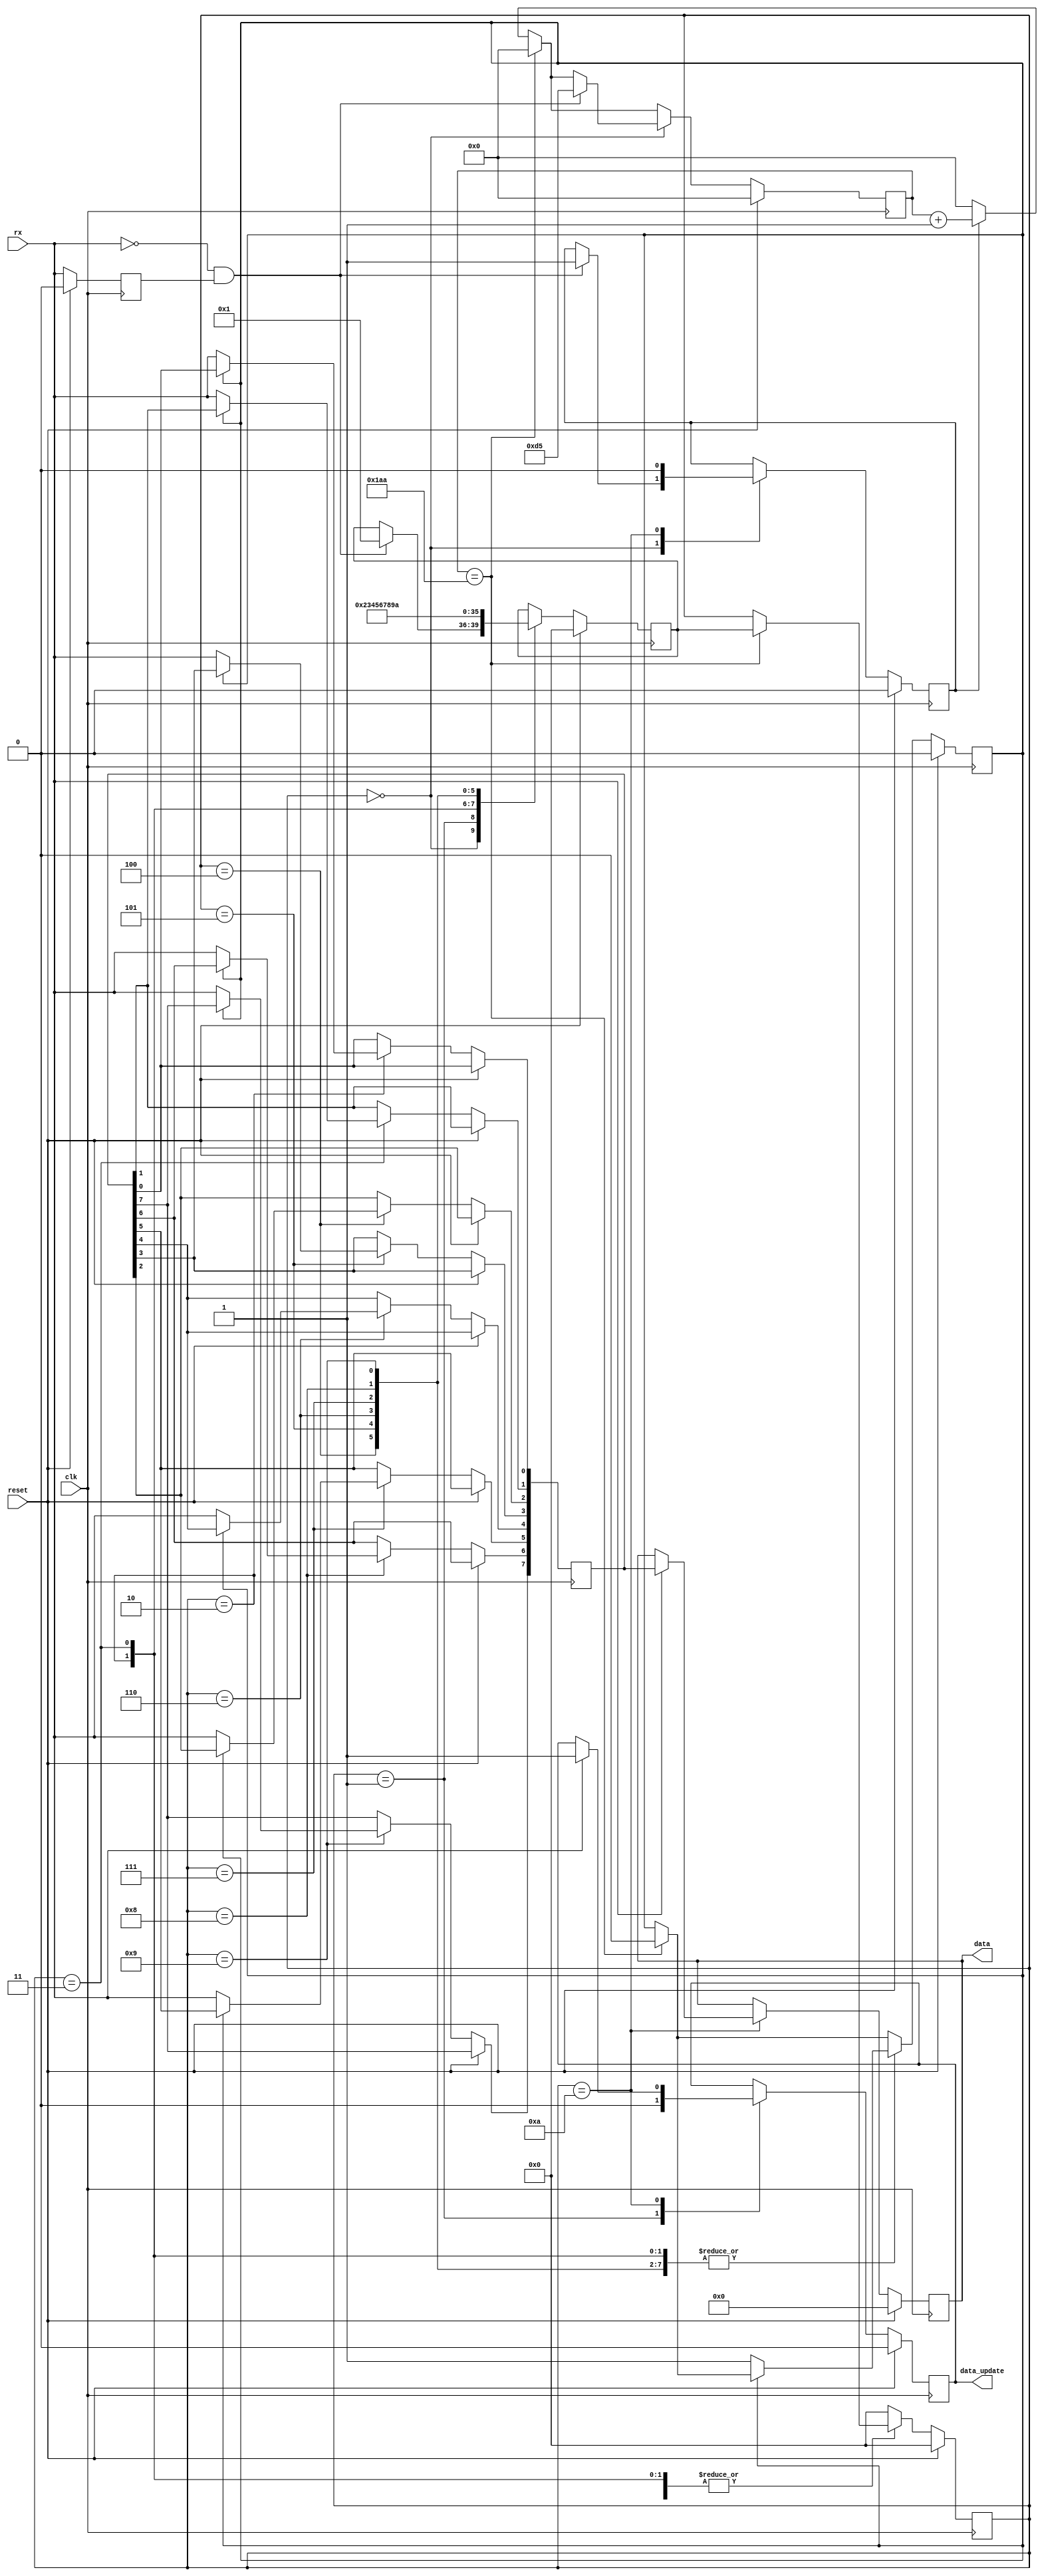
module uart_rx_state_machine (
											input clk,
											input reset,
											input rx,
																output reg [7:0] data,
																output reg 		 data_update
																										);

parameter         baudrate         =  187_500;
parameter         clk_freq_MHz     =  80;

localparam [15:0] clk_per_baud     =  (clk_freq_MHz * 1_000_000) / baudrate;
localparam [15:0] half_baud_period =  clk_per_baud >> 1;

localparam [3:0]  IDLE             =  4'b0000;
localparam [3:0]  START_BIT 	     =  4'b0001;
localparam [3:0]  BIT_0            =  4'b0010;
localparam [3:0]  BIT_1            =  4'b0011;
localparam [3:0]  BIT_2            =  4'b0100;
localparam [3:0]  BIT_3            =  4'b0101;
localparam [3:0]  BIT_4            =  4'b0110;
localparam [3:0]  BIT_5            =  4'b0111;
localparam [3:0]  BIT_6            =  4'b1000;
localparam [3:0]  BIT_7            =  4'b1001;
localparam [3:0]  STOP_BIT         =  4'b1010;

       reg [3:0]  state            =  4'b0000;
       reg [3:0]  next_state       =  4'b0000;

       reg [15:0] base_count       = 16'h0000;
       reg [7:0]  data_buff        = 16'h0000;

       reg        previous_strb    =  1'b0;
       reg        start_recieve    =  1'b0;
       reg        read_flag        =  1'b0;


initial begin
	
	data        = 8'h00;
	data_update = 1'b0;

end

always @(posedge clk) begin
	
	if(reset) begin
		
		base_count 	   <= 16'h0000;
		state 		   <= IDLE;
		next_state     <= IDLE;
		previous_strb  <= 1'b0;
		data           <= 8'h00;
		data_update    <= 1'b0;
		start_recieve  <= 1'b0;
		read_flag      <= 1'b0;
		
	end
	else begin
	
		previous_strb <= rx;

	    if(start_recieve)
			base_count <= base_count + 16'h0001;
		else
			base_count <= 16'h0000;

		if(base_count == clk_per_baud) begin
			base_count <= 16'h0000;
			state <= next_state;
			read_flag <= 1'b0;
		end
		else begin end

		case(state)

			IDLE: begin
				if(!rx && previous_strb) begin
					next_state <= START_BIT;
					start_recieve <= 1'b1;
					base_count <= half_baud_period;
				end
				else begin end
			end

			START_BIT: begin
				data_update <= 1'b0;
				
				next_state <= BIT_0;
			end

			BIT_0: begin
			 if(!read_flag) begin
				data_buff[0] <= rx;
				read_flag <= 1'b1;
			 end
			 else begin end
				
				next_state <= BIT_1;
			end

			BIT_1: begin
			 if(!read_flag) begin
				data_buff[1] <= rx;
				read_flag <= 1'b1;
			 end
			 else begin end
				
				next_state <= BIT_2;
			end

			BIT_2: begin
			 if(!read_flag) begin
				data_buff[2] <= rx;
				read_flag <= 1'b1;
			 end
			 else begin end
				
				next_state <= BIT_3;
			end

			BIT_3: begin
			 if(!read_flag) begin
				data_buff[3] <= rx;
				read_flag <= 1'b1;
			 end
			 else begin end

				next_state <= BIT_4;
			end

			BIT_4: begin
			 if(!read_flag) begin
				data_buff[4] <= rx;
				read_flag <= 1'b1;
			 end
			 else begin end
				
				next_state <= BIT_5;
			end

			BIT_5: begin
			 if(!read_flag) begin
				data_buff[5] <= rx;
				read_flag <= 1'b1;
			 end
			 else begin end
				
				next_state <= BIT_6;
			end

			BIT_6: begin
			 if(!read_flag) begin
				data_buff[6] <= rx;
				read_flag <= 1'b1;
			 end
			 else begin end
				
				next_state <= BIT_7;
			end

			BIT_7: begin
			 if(!read_flag) begin
				data_buff[7] <= rx;
				read_flag <= 1'b1;
			 end
			 else begin end

				next_state <= STOP_BIT;
			end

			STOP_BIT: begin
				if(rx) begin
					data <= data_buff;
					data_update <= 1'b1;
				end
				else begin end
				
				start_recieve <= 1'b0;
				state <= IDLE;
			end

			default: begin
				state <= IDLE;
			end
		endcase

	end

end


endmodule